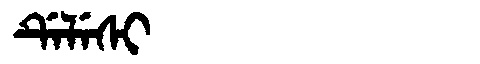
Manchu: ᡩᡝᠯᡝᠰᡳ
Romanization: DELESI